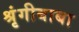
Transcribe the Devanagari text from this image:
श्रृंगीबाबा